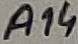
Text: A14